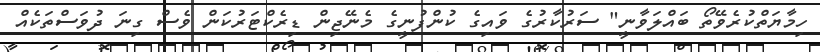
ހިމާޔަތްކުރެވޭތޯ ބައްލަވާނީ" ސަރުކާރުގެ ވައިގެ ކުންފުނީގެ މެނޭޖިން ޑިރެކްޓަރުކަން ވެސް ގިނަ ދުވަސްތަކެއް